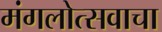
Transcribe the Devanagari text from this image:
मंगलोत्सवाचा